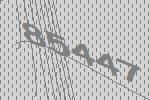
85447